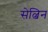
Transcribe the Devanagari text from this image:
सेल्बिन